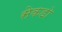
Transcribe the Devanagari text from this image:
सेकडो